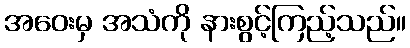
အဝေးမှ အသံကို နားစွင့်ကြည့်သည်။